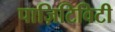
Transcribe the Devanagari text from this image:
पाज़िटिविटी